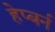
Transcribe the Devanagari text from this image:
हेप्बर्न